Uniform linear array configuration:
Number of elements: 16
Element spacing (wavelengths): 0.5
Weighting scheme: hamming
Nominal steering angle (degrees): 60
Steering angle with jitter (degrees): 60.703
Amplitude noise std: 0.05
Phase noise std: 0.05

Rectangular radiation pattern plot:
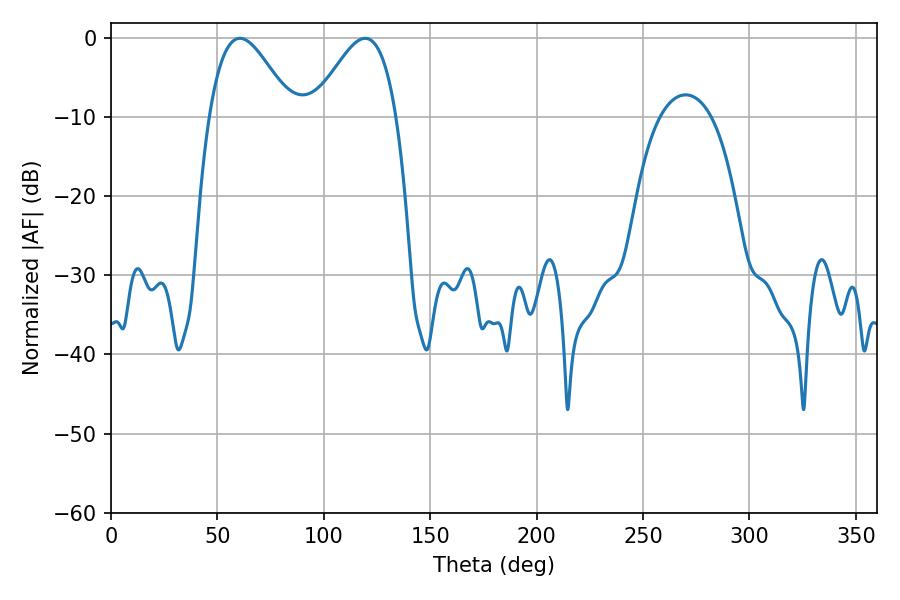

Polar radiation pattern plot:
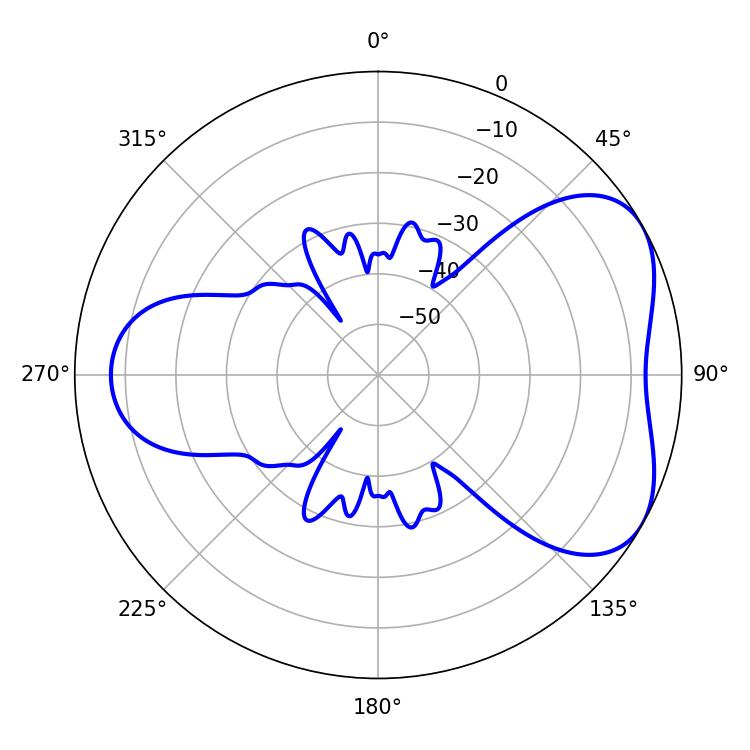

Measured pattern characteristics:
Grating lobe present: FALSE
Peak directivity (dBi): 4.902
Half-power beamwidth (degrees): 20.88
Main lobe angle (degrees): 60.48